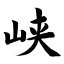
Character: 峡